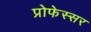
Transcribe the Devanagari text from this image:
प्रोफेस्सर